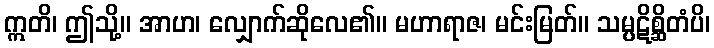
ဣတိ၊ ဤသို့။ အာဟ၊ လျှောက်ဆိုလေ၏။ မဟာရာဇ၊ မင်းမြတ်။ သမ္ပဋိစ္ဆိတံပိ၊